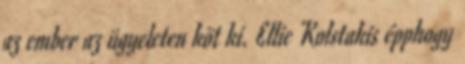
az ember az ügyeleten köt ki. Ellie Kolstakis épphogy